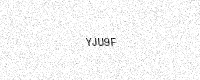
Text: YJU9F